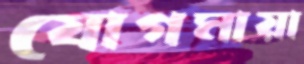
যোগমায়া